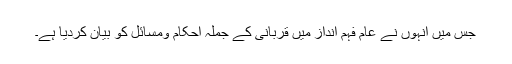
جس میں انہوں نے عام فہم انداز میں قربانی کے جملہ احکام ومسائل کو بیان کردیا ہے۔